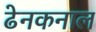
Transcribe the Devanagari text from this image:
ढेनकनाल